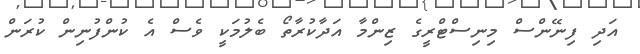
އަދި ފިނޭންސް މިނިސްޓްރީގެ ޒިންމާ އަދާކުރާތޯ ބެލުމަކީ ވެސް އެ ކުންފުނިން ކުރަން